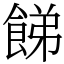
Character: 䬾